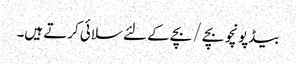
بیڈپونچو بچے / بچے کے لئے سلائی کرتے ہیں۔